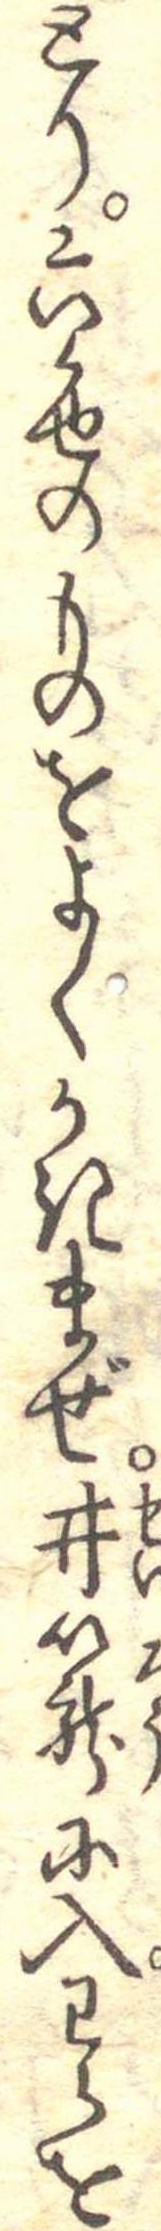
とり六色のものをよくかきまぜ井篭に入わらを